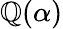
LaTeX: \mathbb{Q}(\alpha)